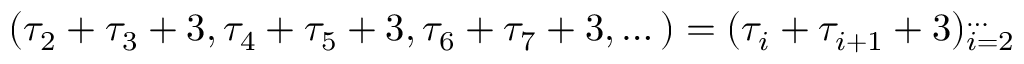
( \tau _ { 2 } + \tau _ { 3 } + 3 , \tau _ { 4 } + \tau _ { 5 } + 3 , \tau _ { 6 } + \tau _ { 7 } + 3 , \dots ) = ( \tau _ { i } + \tau _ { i + 1 } + 3 ) _ { i = 2 } ^ { \dots }